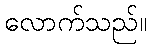
လောက်သည်။